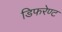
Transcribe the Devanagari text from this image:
डिफरेण्ट